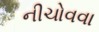
નીચોવવા